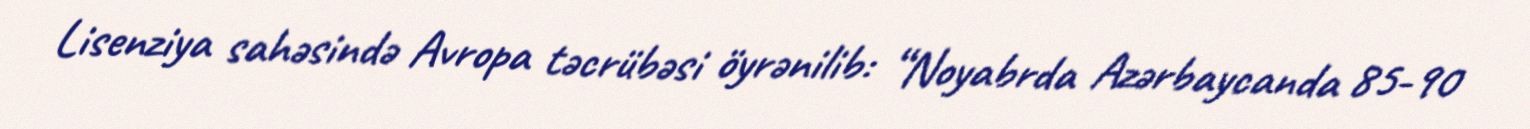
Lisenziya sahəsində Avropa təcrübəsi öyrənilib: “Noyabrda Azərbaycanda 85-90